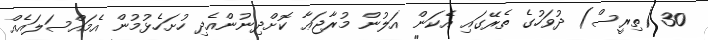
30 (ތިރީސް) ދުވަހުގެ ތެރޭގައި އެކަން އަލުން މުރާޖަޢާ ކޮށްދިނުންއެދި ހުށަހެޅުމުން އެމައްސަލައެއް